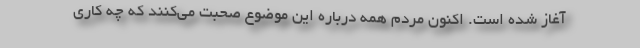
آغاز شده است. اکنون مردم همه درباره این موضوع صحبت می‌کنند که چه کاری